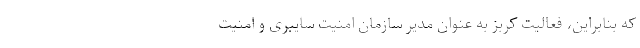
که بنابراین، فعالیت کربز به عنوان مدیر سازمان امنیت سایبری و امنیت